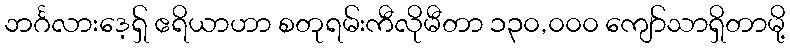
ဘင်္ဂလားဒေ့ရှ် ဧရိယာဟာ စတုရမ်းကီလိုမီတာ ၁၃၀,၀၀၀ ကျော်သာရှိတာမို့